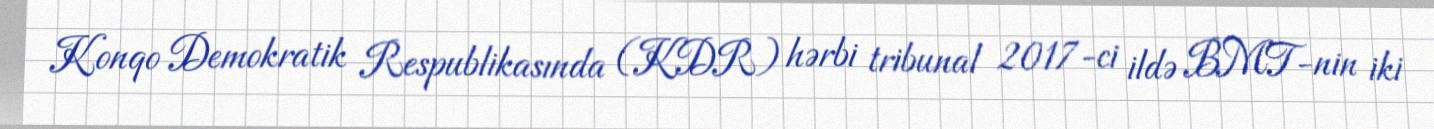
Konqo Demokratik Respublikasında (KDR) hərbi tribunal 2017-ci ildə BMT-nin iki